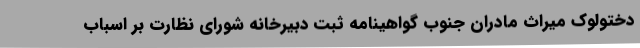
دختولوک میراث مادران جنوب گواهینامه ثبت دبیرخانه شورای نظارت بر اسباب